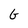
Character: G